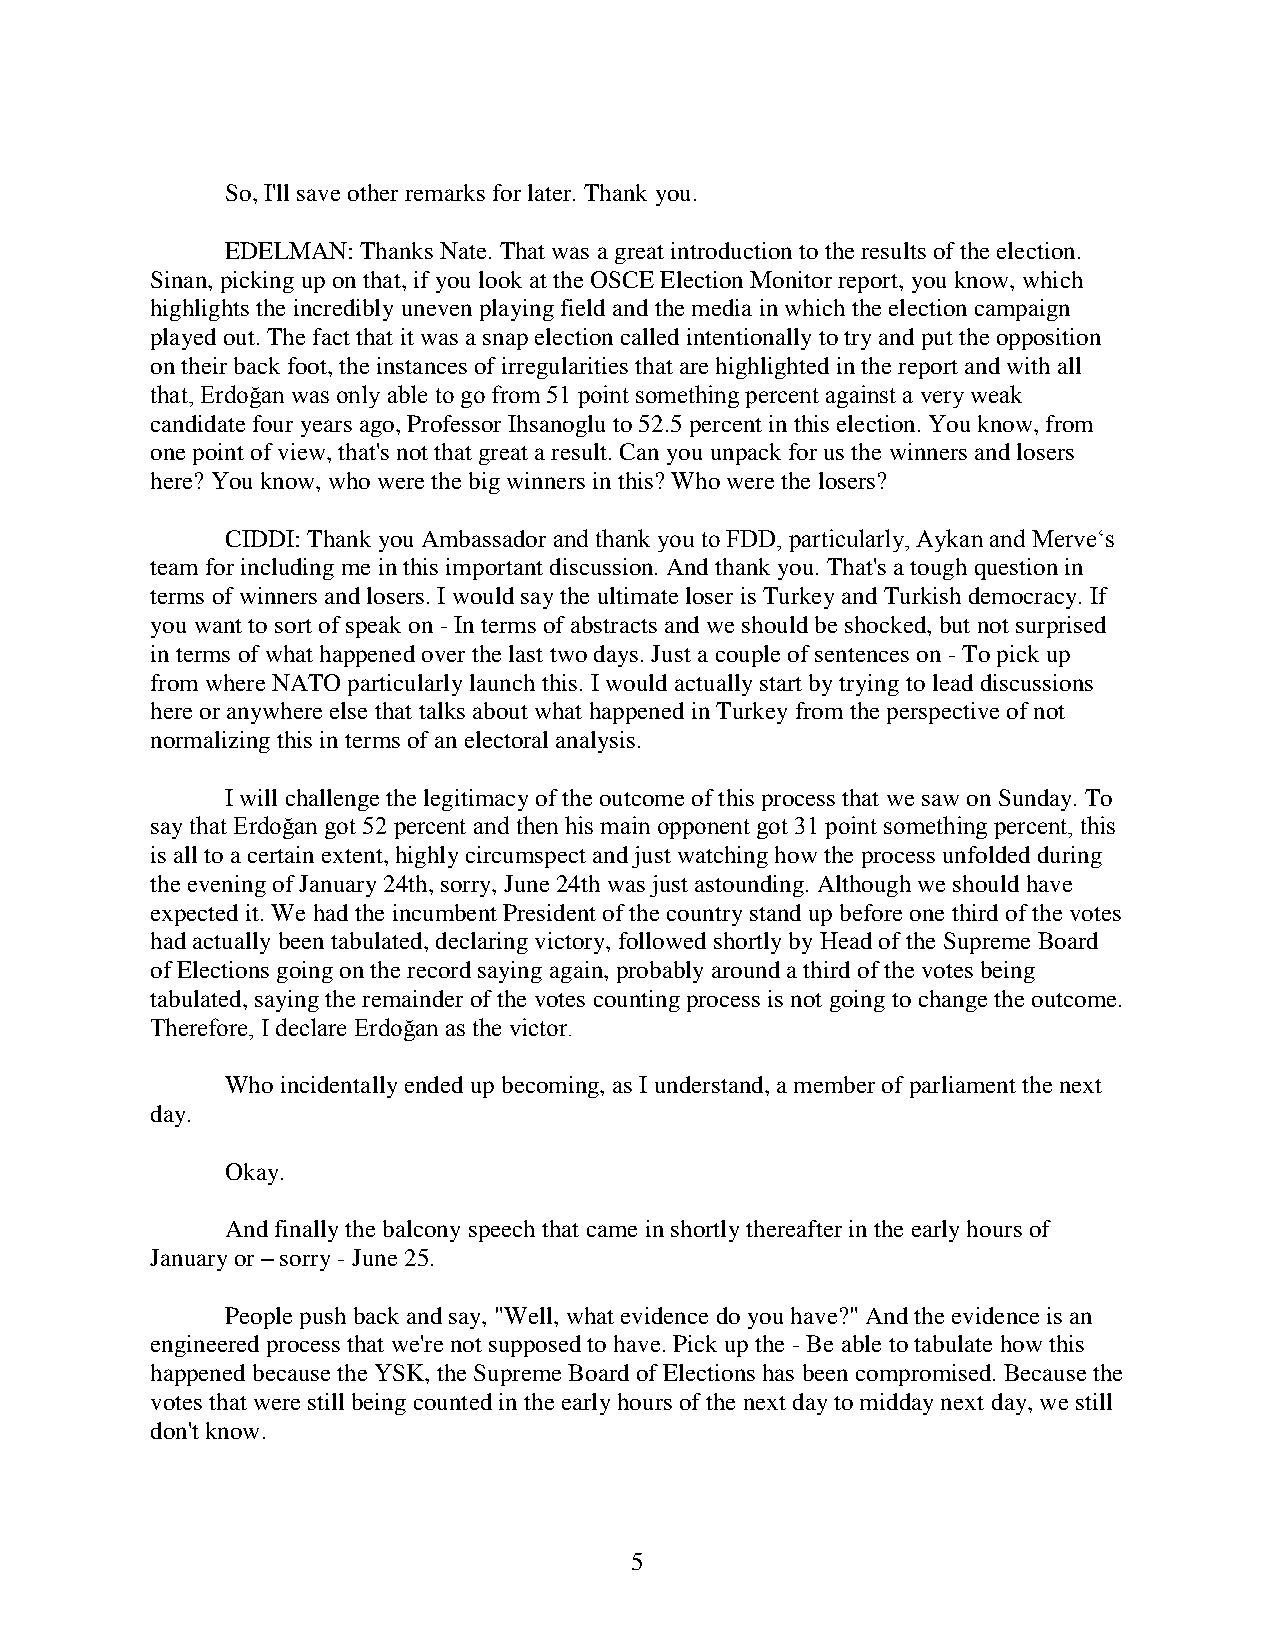
So, I'll save other remarks for later. Thank you.
 EDELMAN: Thanks Nate. That was a great introduction to the results of the election.
 Sinan, picking up on that, if you look at the OSCE Election Monitor report, you know, which
 highlights the incredibly uneven playing field and the media in which the election campaign
 played out. The fact that it was a snap election called intentionally to try and put the opposition
 on their back foot, the instances of irregularities that are highlighted in the report and with all
 that, Erdoğan was only able to go from 51 point something percent against a very weak
 candidate four years ago, Professor Ihsanoglu to 52.5 percent in this election. You know, from
 one point of view, that's not that great a result. Can you unpack for us the winners and losers
 here? You know, who were the big winners in this? Who were the losers?
 CIDDI: Thank you Ambassador and thank you to FDD, particularly, Aykan and Merve‘s
 team for including me in this important discussion. And thank you. That's a tough question in
 terms of winners and losers. I would say the ultimate loser is Turkey and Turkish democracy. If
 you want to sort of speak on - In terms of abstracts and we should be shocked, but not surprised
 in terms of what happened over the last two days. Just a couple of sentences on - To pick up
 from where NATO particularly launch this. I would actually start by trying to lead discussions
 here or anywhere else that talks about what happened in Turkey from the perspective of not
 normalizing this in terms of an electoral analysis.
 I will challenge the legitimacy of the outcome of this process that we saw on Sunday. To
 say that Erdoğan got 52 percent and then his main opponent got 31 point something percent, this
 is all to a certain extent, highly circumspect and just watching how the process unfolded during
 the evening of January 24th, sorry, June 24th was just astounding. Although we should have
 expected it. We had the incumbent President of the country stand up before one third of the votes
 had actually been tabulated, declaring victory, followed shortly by Head of the Supreme Board
 of Elections going on the record saying again, probably around a third of the votes being
 tabulated, saying the remainder of the votes counting process is not going to change the outcome.
 Therefore, I declare Erdoğan as the victor.
 Who incidentally ended up becoming, as I understand, a member of parliament the next
 day.
 Okay.
 And finally the balcony speech that came in shortly thereafter in the early hours of
 January or – sorry - June 25.
 People push back and say, "Well, what evidence do you have?" And the evidence is an
 engineered process that we're not supposed to have. Pick up the - Be able to tabulate how this
 happened because the YSK, the Supreme Board of Elections has been compromised. Because the
 votes that were still being counted in the early hours of the next day to midday next day, we still
 don't know.
 5